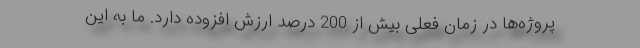
پروژه‌ها در زمان فعلی بیش از 200 درصد ارزش افزوده دارد. ما به این